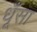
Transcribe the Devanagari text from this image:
धूँसा